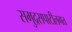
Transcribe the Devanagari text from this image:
समुद्रसपाटीलगत